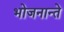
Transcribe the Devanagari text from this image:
भोजनान्ते